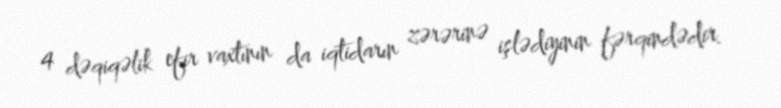
4 dəqiqəlik efir vaxtının da iqtidarın zərərinə işlədiyinin fərqindədir.